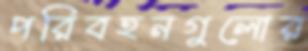
পরিবহনগুলোর